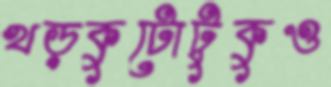
খড়কুটোটুকুও